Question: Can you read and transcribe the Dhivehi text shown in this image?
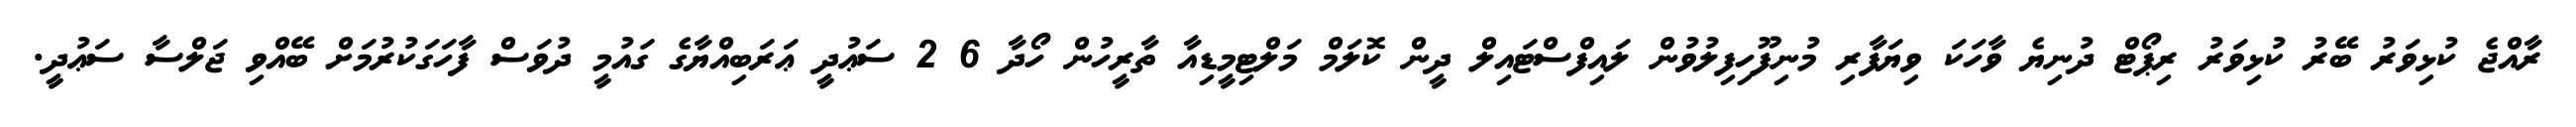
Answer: ރާއްޖެ ކުޅިވަރު ބޭރު ކުޅިވަރު ރިޕޯޓް ދުނިޔެ ވާހަކަ ވިޔަފާރި މުނިފޫހިފިލުވުން ލައިފްސްޓައިލް ދީން ކޮލަމް މަލްޓިމީޑިއާ ތާރީހުން ހޯދާ 6 2 ސަޢުދީ ޢަރަބިއްޔާގެ ގައުމީ ދުވަސް ފާހަގަކުރުމަށް ބޭއްވި ޖަލްސާ ސަޢުދީ.